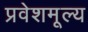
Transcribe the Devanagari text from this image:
प्रवेशमूल्य